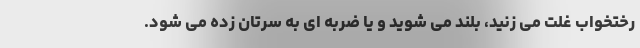
رختخواب غلت می زنید، بلند می شوید و یا ضربه ای به سرتان زده می شود.